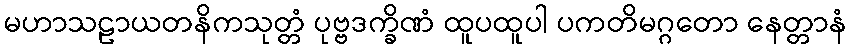
မဟာသဠာယတနိကသုတ္တံ ပုဗ္ဗဒက္ခိဏံ ထူပထူပါ ပကတိမဂ္ဂတော နေတ္တာနံ